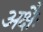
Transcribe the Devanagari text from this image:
अक्षैः